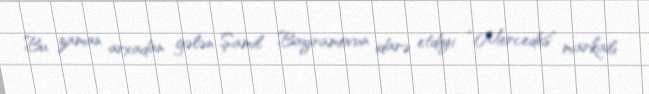
Bu zaman arxadan gələn Şamil Bayramovun idarə etdiyi “Mercedes” markalı